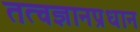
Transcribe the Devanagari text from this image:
तत्वज्ञानप्रधान